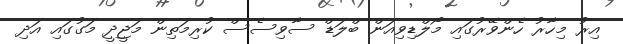
އިރު މިހާރު ހެންވޭރުގައި މޯލްޑިވިއަން ބްލަޑް ސާވިސެސް ކުރިމަތިން މަޖީދީ މަގުގައި އަދި